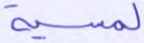
لمسية